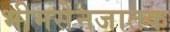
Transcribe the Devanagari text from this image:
भीमसेनजातक